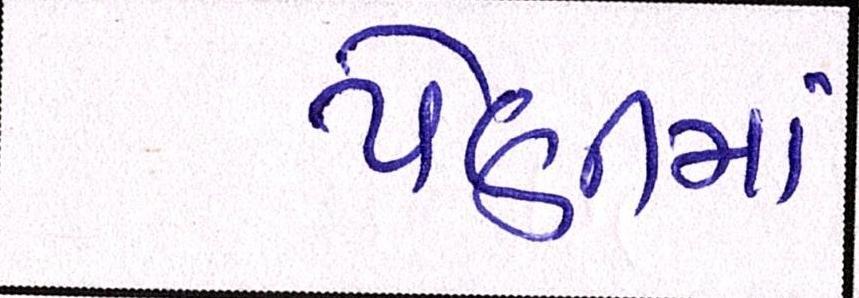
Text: પેણીમાં